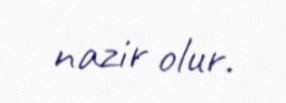
nazir olur.